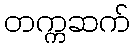
တက္ကဆက်